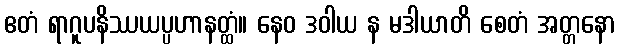
ဧတံ ရာဂူပနိဿယပ္ပဟာနတ္ထံ။ နေဝ ဒဝါယ န မဒါယာတိ စေတံ အတ္တနော